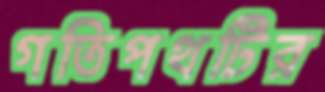
গতিপথটির